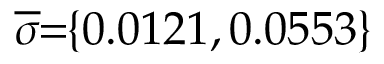
\overline { { \sigma } } \! \! = \! \! \{ 0 . 0 1 2 1 , 0 . 0 5 5 3 \} \!